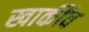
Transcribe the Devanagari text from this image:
खार्कीव